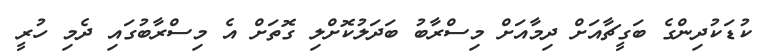
ކުޑަކުދިންގެ ބަގީޗާއަށް ދިމާއަށް މިސްރާބު ބަދަލުކޮށްލި ގޮތަށް އެ މިސްރާބުގައި ދެމި ހުރީ